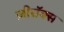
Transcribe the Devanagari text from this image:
ज़ीरॉक्स